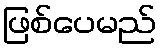
ဖြစ်ပေမည်